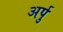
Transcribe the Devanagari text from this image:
अर्पु